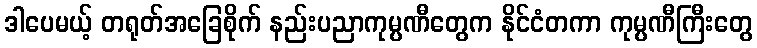
ဒါပေမယ့် တရုတ်အခြေစိုက် နည်းပညာကုမ္ပဏီတွေက နိုင်ငံတကာ ကုမ္ပဏီကြီးတွေ